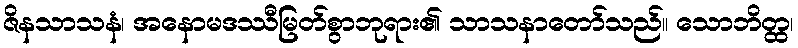
ဇိနသာသနံ၊ အနောမဒဿီမြတ်စွာဘုရား၏ သာသနာတော်သည်။ သောဘိတ္ထ၊